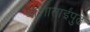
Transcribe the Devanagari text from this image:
आशाताईंपुढे